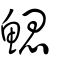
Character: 鰓